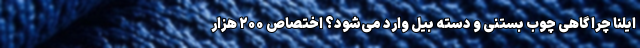
ایلنا چرا گاهی چوب ‌بستنی و دسته ‌بیل وارد می‌شود؟ اختصاص ۲۰۰ هزار